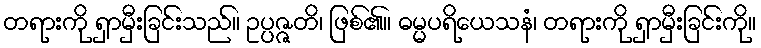
တရားကို ရှာမှီးခြင်းသည်။ ဥပ္ပဇ္ဇတိ၊ ဖြစ်၏။ ဓမ္မပရိယေသနံ၊ တရားကို ရှာမှီးခြင်းကို။